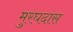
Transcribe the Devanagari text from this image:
मुरघदास